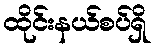
ထိုင်းနယ်စပ်ရှိ